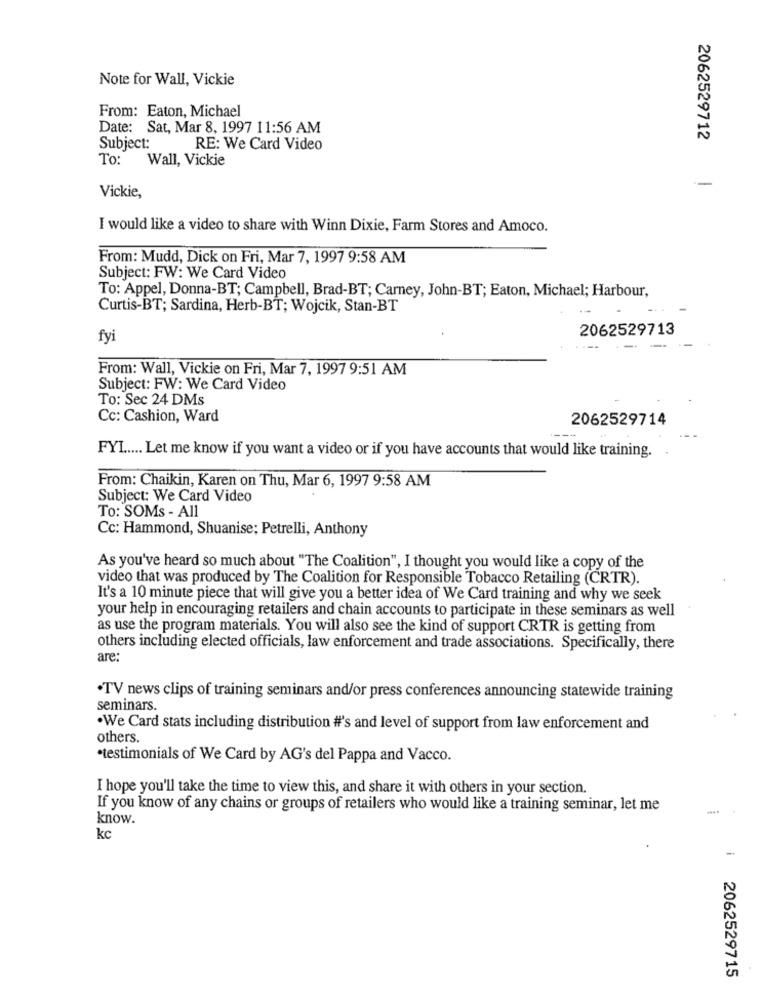
Note for Wall, Vickie
From: Eaton, Michael
Date: Sat, Mar 8, 1997 11:56 AM
2062529712
Subject:
RE: We Card Video
To:
Wall, Vickie
--
Vickie,
I would like a video to share with Winn Dixie, Farm Stores and Amoco.
From: Mudd, Dick on Fri, Mar 7, 1997 9:58 AM
Subject: FW: We Card Video
To: Appel, Donna-BT; Campbell, Brad-BT; Carney, John-BT; Eaton, Michael; Harbour,
Curtis-BT; Sardina, Herb-BT; Wojcik, Stan-BT
2062529713
fyi
--
From: Wall, Vickie on Fri, Mar 7, 1997 9:51 AM
Subject: FW: We Card Video
To: Sec 24 DMs
Cc: Cashion, Ward
2062529714
FYI ..... Let me know if you want a video or if you have accounts that would like training.
From: Chaikin, Karen on Thu, Mar 6, 1997 9:58 AM
Subject: We Card Video
To: SOMs - All
Cc: Hammond, Shuanise; Petrelli, Anthony
As you've heard so much about "The Coalition", I thought you would like a copy of the
video that was produced by The Coalition for Responsible Tobacco Retailing (CRTR).
It's a 10 minute piece that will give you a better idea of We Card training and why we seek
your help in encouraging retailers and chain accounts to participate in these seminars as well
as use the program materials. You will also see the kind of support CRTR is getting from
others including elected officials, law enforcement and trade associations. Specifically, there
are:
·TV news clips of training seminars and/or press conferences announcing statewide training
seminars.
.We Card stats including distribution #'s and level of support from law enforcement and
others.
·testimonials of We Card by AG's del Pappa and Vacco.
I hope you'll take the time to view this, and share it with others in your section.
If you know of any chains or groups of retailers who would like a training seminar, let me
know.
kc
i 2062529715